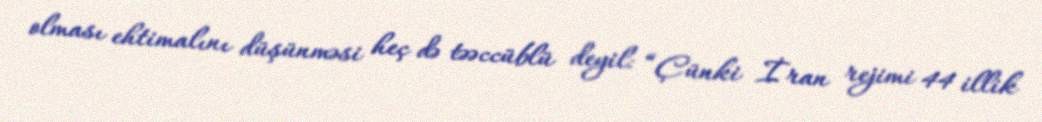
olması ehtimalını düşünməsi heç də təəccüblü deyil: “Çünki İran rejimi 44 illik